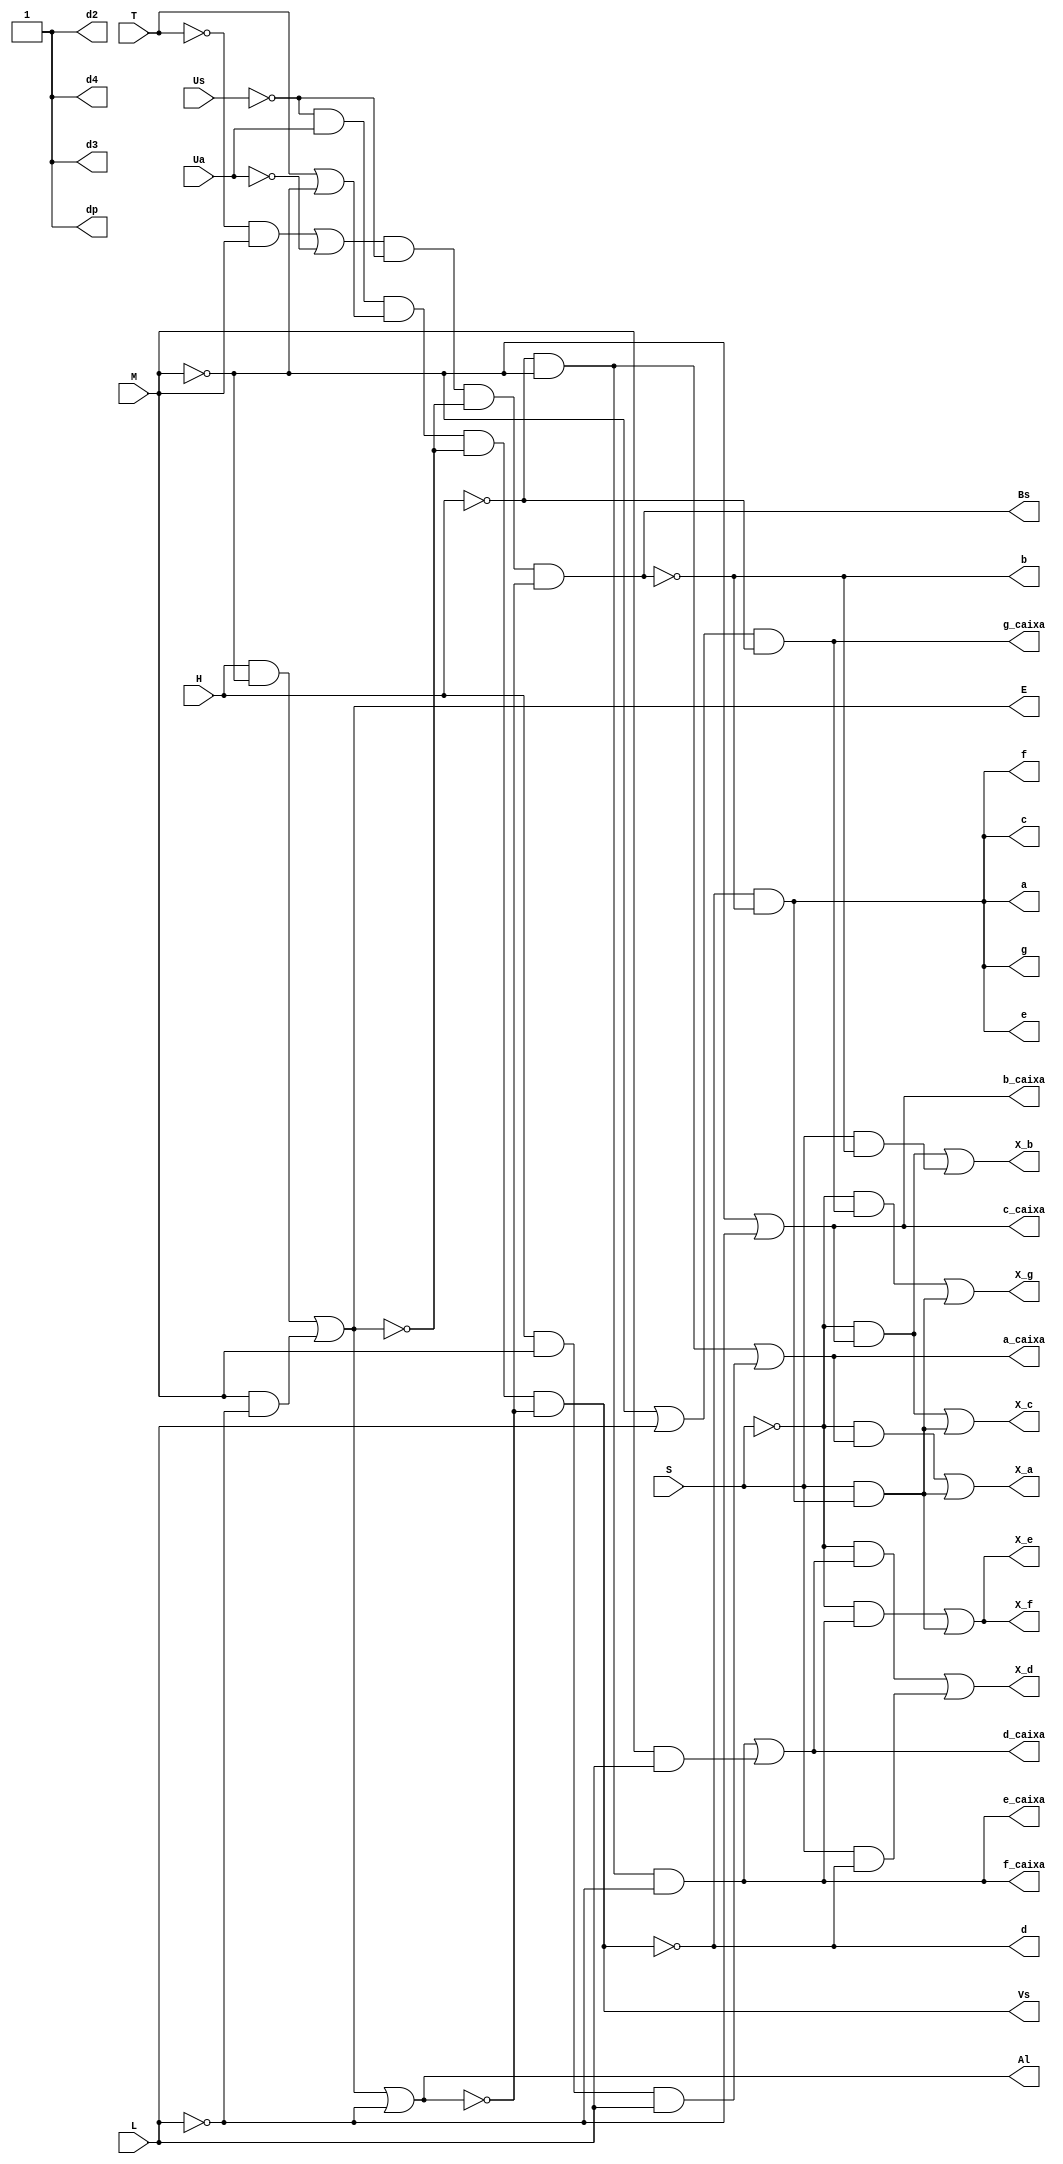
module pbl_np(
	input H, M, L, Ua, Us, T, S,
	output E, Al, Bs, Vs, d2, d3, d4,
	a, b, c, d, e, f, g, dp,
	a_caixa, b_caixa, c_caixa, d_caixa, e_caixa, f_caixa, g_caixa,
	X_a, X_b, X_c, X_d, X_e, X_f, X_g
);
	
	wire Vs_bar,Bs_bar,Al_bar,E_bar,Us_bar,Ua_bar,T_bar,M_bar,L_bar;
	wire a1_caixa, b1_caixa, c1_caixa, d1_caixa, e1_caixa, f1_caixa, g1_caixa;
	wire a1_irri, b1_irri, c1_irri, d1_irri, e1_irri, f1_irri, g1_irri;
	wire T1, T2, T3, T4, T5, T6, T7, T8, T9, T10, T11, T12, T13, T14, T15, T16, T17, T18, T19, T20;
	
	//Inverso do valor-verdade das variveis
	not inv_H (H_bar,H);
	not inv_M (M_bar,M);
	not inv_L (L_bar,L);
	not inv_T (T_bar,T);
	not inv_Us (Us_bar,Us);
	not inv_Ua (Ua_bar,Ua);
	not inv_E (E_bar,E);
	not inv_Al (Al_bar,Al);
	not inv_Vs (Vs_bar,Vs);
	not inv_Bs (Bs_bar,Bs);
	
	//Dgitos da matriz de 7 segmentos no usados
	not second_digit (d2,0);
	not third_digit (d3,0);
	not fourth_digit (d4,0);
	
	//expresso do dgito 'a' da caixa d'gua
	and and_a_1(T8,H_bar,M_bar);
	and and_a_2(T9,H,M,L);
	or or_a(a_caixa,T8,T9);
	
	//expresso do dgito 'b' da caixa d'gua
	or or_b(b_caixa,M_bar,L_bar);
	
	//expresso do dgito'c' da caixa d'gua
	or or_c(c_caixa,M_bar,L_bar);
	
	//expresso do dgito 'd' da caixa d'gua
	and and_d_1(T10,H_bar,M_bar,L_bar);
	and and_d_2(T11,M,L);
	or or_d(d_caixa,T10,T11);
	
	//expresso do dgito 'e' da caixa d'gua
	and and_e(e_caixa,H_bar,M_bar,L_bar);
	
	//expresso do dgito 'f' da caixa d'gua
	and and_f(f_caixa,H_bar,M_bar,L_bar);
	
	//expresso do dgito 'g' da caixa d'gua
	or or_g_1(T12,M_bar,L);
	and and_g(g_caixa,T12,H_bar);
	
	//expresso do dgita 'a' da irrigao
	and and_a_irri(a,Vs_bar,Bs_bar);
	
	//expresso do dgito 'b' da irrigao
	not not_b_irri(b,Bs);
	
	//expresso do dgito 'c' da irrigao
	and and_c_irri(c,Vs_bar,Bs_bar);
	
	//expresso do dgito 'd' da irrigao
	not not_d_irri(d,Vs);
	
	//expresso do dgito 'e' da irrigao
	and and_e_irri(e,Vs_bar,Bs_bar);
	
	//expresso do dgito 'f' da irrigao
	and and_f_irri(f,Vs_bar,Bs_bar);
	
	//expresso do dgito 'g' da irrigao 
	and and_g_irri(g,Vs_bar,Bs_bar);
	
	//expresso ponto
	not inv_p(dp,0);
	
	
	//MULTIPLEXADORES
		
	//Multiplexador 'a'
	not u1(S_inv,S);
	and u2( a1_caixa, S_inv, a_caixa );
	and u3(a1_irri, S, a);
	or  u4(X_a, a1_caixa, a1_irri);
	
	//Multiplexador 'b'
	and u5(b1_caixa,S_inv,b_caixa );
	and u6(b1_irri, S, b);
	or  u7( X_b, b1_caixa, b1_irri);
	
	//Multiplexador 'c'
	and u8( c1_caixa, S_inv, c_caixa );
	and u9(c1_irri, S, c);
	or  u10( X_c, c1_caixa, c1_irri);
	
	//Multiplexador 'd'
	and u11( d1_caixa, S_inv, d_caixa );
	and u12(d1_irri, S, d);
	or  u13( X_d, d1_caixa, d1_irri);
	
	//Multiplexador 'e'	
	and u14(e1_caixa,S_inv,e_caixa);
	and u15(e1_irri,S,e);
	or  u16(X_e,e1_caixa,e1_irri);

	//Multiplexador 'f'
	and u17(f1_caixa,S_inv,f_caixa);
	and u18(f1_irri,S,f);
	or  u19(X_f,f1_caixa,f1_irri);
	
	//Multiplexador 'g'
	and u20(g1_caixa,S_inv,g_caixa);
	and u21(g1_irri,S,g);
	or  u22(X_g,g1_caixa,g1_irri);
	
	
	//PROGRAMA PRINCIPAL
	
	//Expresso do Erro
	and and_erro_1(T16, H,M_bar);
	and and_erro_2(T17,M,L_bar);
	or or_erro(E,T16,T17);
	
	//Expresso do Alarme
	and and0(T1,H,M_bar);
	or or1(Al,E,L_bar);
	
	//Circuito para definir os tipos de irrigao
	and and3(T3,T_bar,M);
	or or2(T4,T3,Ua_bar);
	and and4(T5,T4,Us_bar);
	and and5(Bs,T5,E_bar,Al_bar);
	and and6(T6,Us_bar,Ua);
	or or3(T7,T,M_bar);
	and and7(Vs,T6,T7,E_bar,Al_bar);
	
endmodule